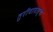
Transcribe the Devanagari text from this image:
तुरीयावास्था